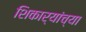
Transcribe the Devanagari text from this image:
शिकार्यांच्या